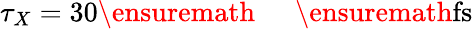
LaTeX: \tau_{X}=30\ensuremath{\mathrm{~\textrm~{~\, ~}~}}\ensuremath{\mathrm{fs}}